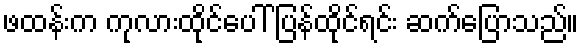
ဖထန်းက ကုလားထိုင်ပေါ် ပြန်ထိုင်ရင်း ဆက်ပြောသည်။